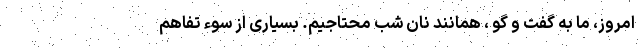
امروز، ما به گفت و گو ، همانند نان شب محتاجیم. بسیاری از سوء تفاهم